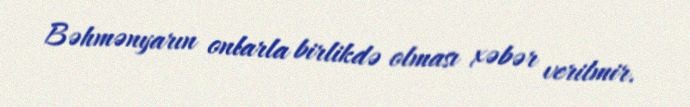
Bəhmənyarın onlarla birlikdə olması xəbər verilmir.